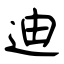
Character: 迪